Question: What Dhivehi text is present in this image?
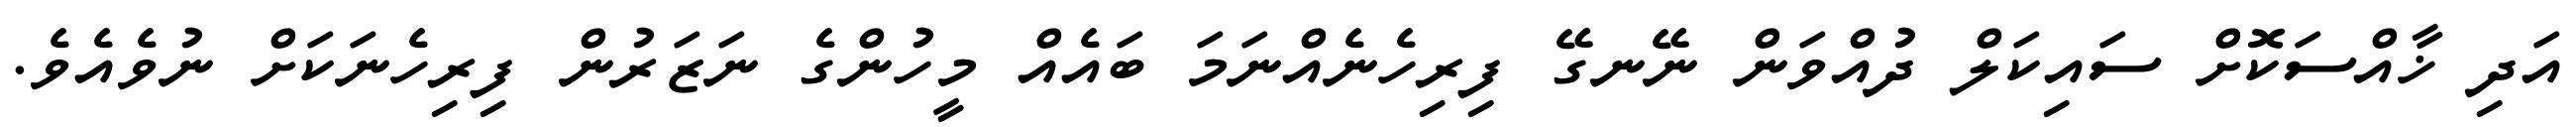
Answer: އަދި ޚާއްސަކޮށް ސައިކަލް ދުއްވަން ނޭނގޭ ފިރިހެނެއްނަމަ ބައެއް މީހުންގެ ނަޒަރުން ފިރިހެނަކަށް ނުވެއެވެ.